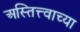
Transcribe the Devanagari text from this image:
अस्तित्त्वाच्या